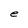
Character: e